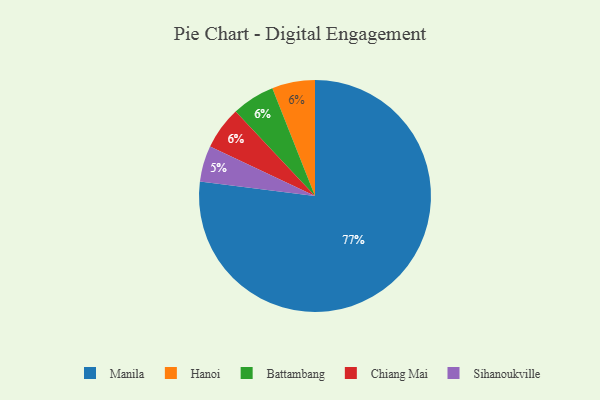
{"axis": {"x": "Category", "y": "Percentage"}, "legend": ["Battambang", "Chiang Mai", "Hanoi", "Manila", "Sihanoukville"], "data": [{"x": "Manila", "y": 77, "type": "Manila"}, {"x": "Hanoi", "y": 6, "type": "Hanoi"}, {"x": "Battambang", "y": 6, "type": "Battambang"}, {"x": "Chiang Mai", "y": 6, "type": "Chiang Mai"}, {"x": "Sihanoukville", "y": 5, "type": "Sihanoukville"}]}